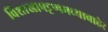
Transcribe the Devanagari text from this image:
विशाखापट्टणमच्याबाहेर